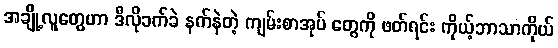
အချို့လူတွေဟာ ဒီလိုခက်ခဲ နက်နဲတဲ့ ကျမ်းစာအုပ် တွေကို ဖတ်ရင်း ကိုယ့်ဘာသာကိုယ်